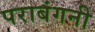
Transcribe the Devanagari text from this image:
पराबंगनी